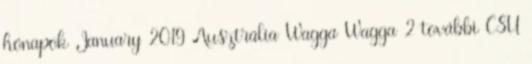
hónapok January 2019 Ausztrália Wagga Wagga 2 további CSU